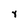
Character: Y